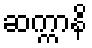
ဆက္ကာနိ